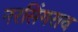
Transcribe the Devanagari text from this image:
नरसिंगराव